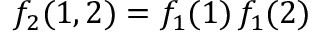
f _ { 2 } ( 1 , 2 ) = f _ { 1 } ( 1 ) \, f _ { 1 } ( 2 )